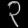
Digit: ၃